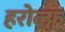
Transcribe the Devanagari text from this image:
हरोल्फ़